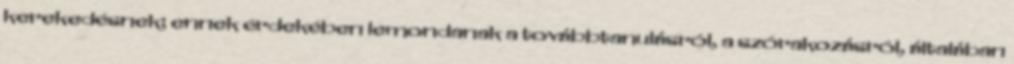
kerekedésnek; ennek érdekében lemondanak a továbbtanulásról, a szórakozásról, általában